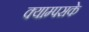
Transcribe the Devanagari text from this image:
क्याम्पसके